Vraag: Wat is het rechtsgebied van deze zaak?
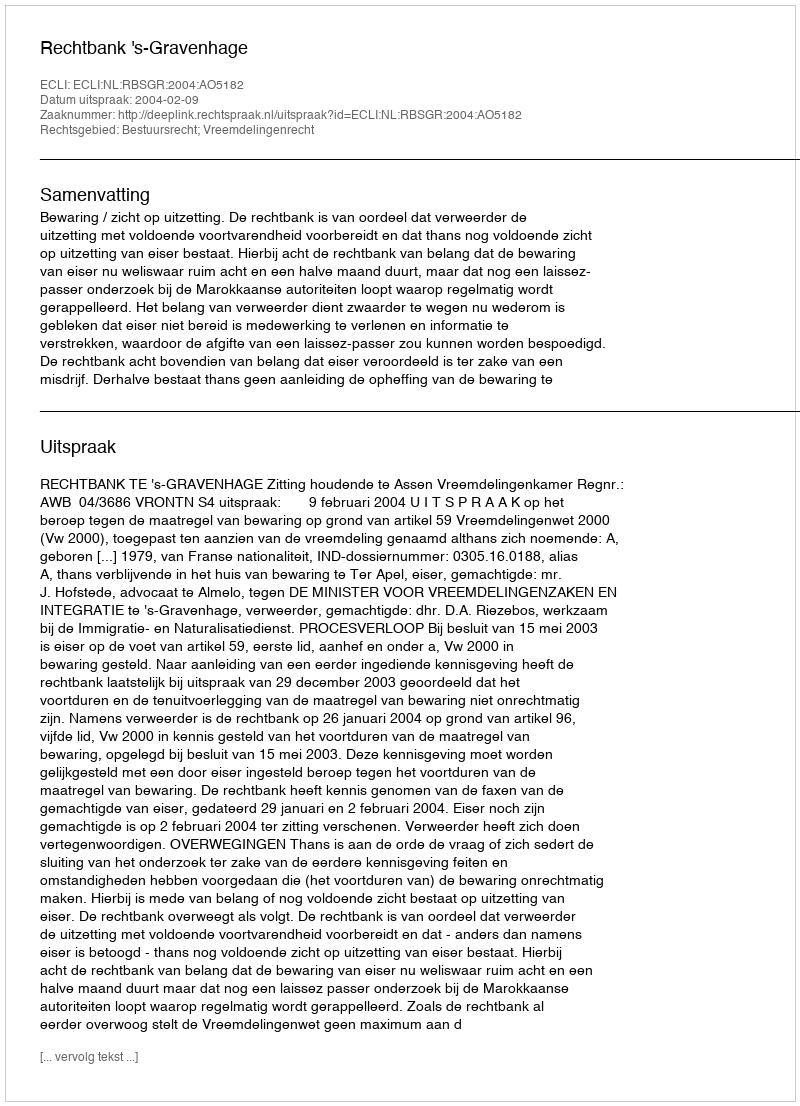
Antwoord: Bestuursrecht; Vreemdelingenrecht